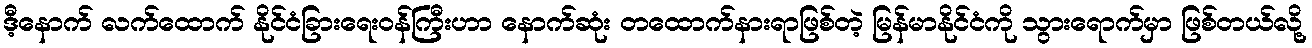
ဒီ့နောက် လက်ထောက် နိုင်ငံခြားရေးဝန်ကြီးဟာ နောက်ဆုံး တထောက်နားရာဖြစ်တဲ့ မြန်မာနိုင်ငံကို သွားရောက်မှာ ဖြစ်တယ်လို့